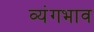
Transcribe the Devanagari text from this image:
व्यंगभाव